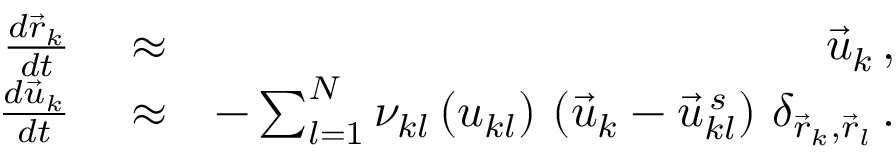
\begin{array} { r l r } { \frac { d \vec { r } _ { k } } { d t } } & { { } \approx } & { \vec { u } _ { k } \, , } \\ { \frac { d \vec { u } _ { k } } { d t } } & { { } \approx } & { - \sum _ { l = 1 } ^ { N } \nu _ { k l } \left( u _ { k l } \right) \, \left( \vec { u } _ { k } - \vec { u } _ { k l } ^ { \, s } \right) \, \delta _ { \vec { r } _ { k } , \vec { r } _ { l } } \, . } \end{array}